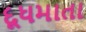
દૂધમાતા